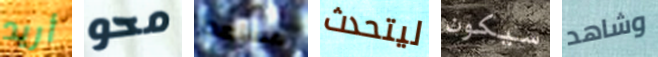
أريد محو مساعدا ليتحدث سيكون وشاهد